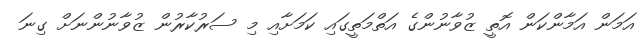
އަމަން އަމާންކަން އޮތީ ޒުވާނުންގެ އަތްމަތީގައި ކަމަށާއި މި ސަރުކާރުން ޒުވާނުންނަށް ގިނަ